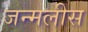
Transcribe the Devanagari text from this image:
जन्मलीस